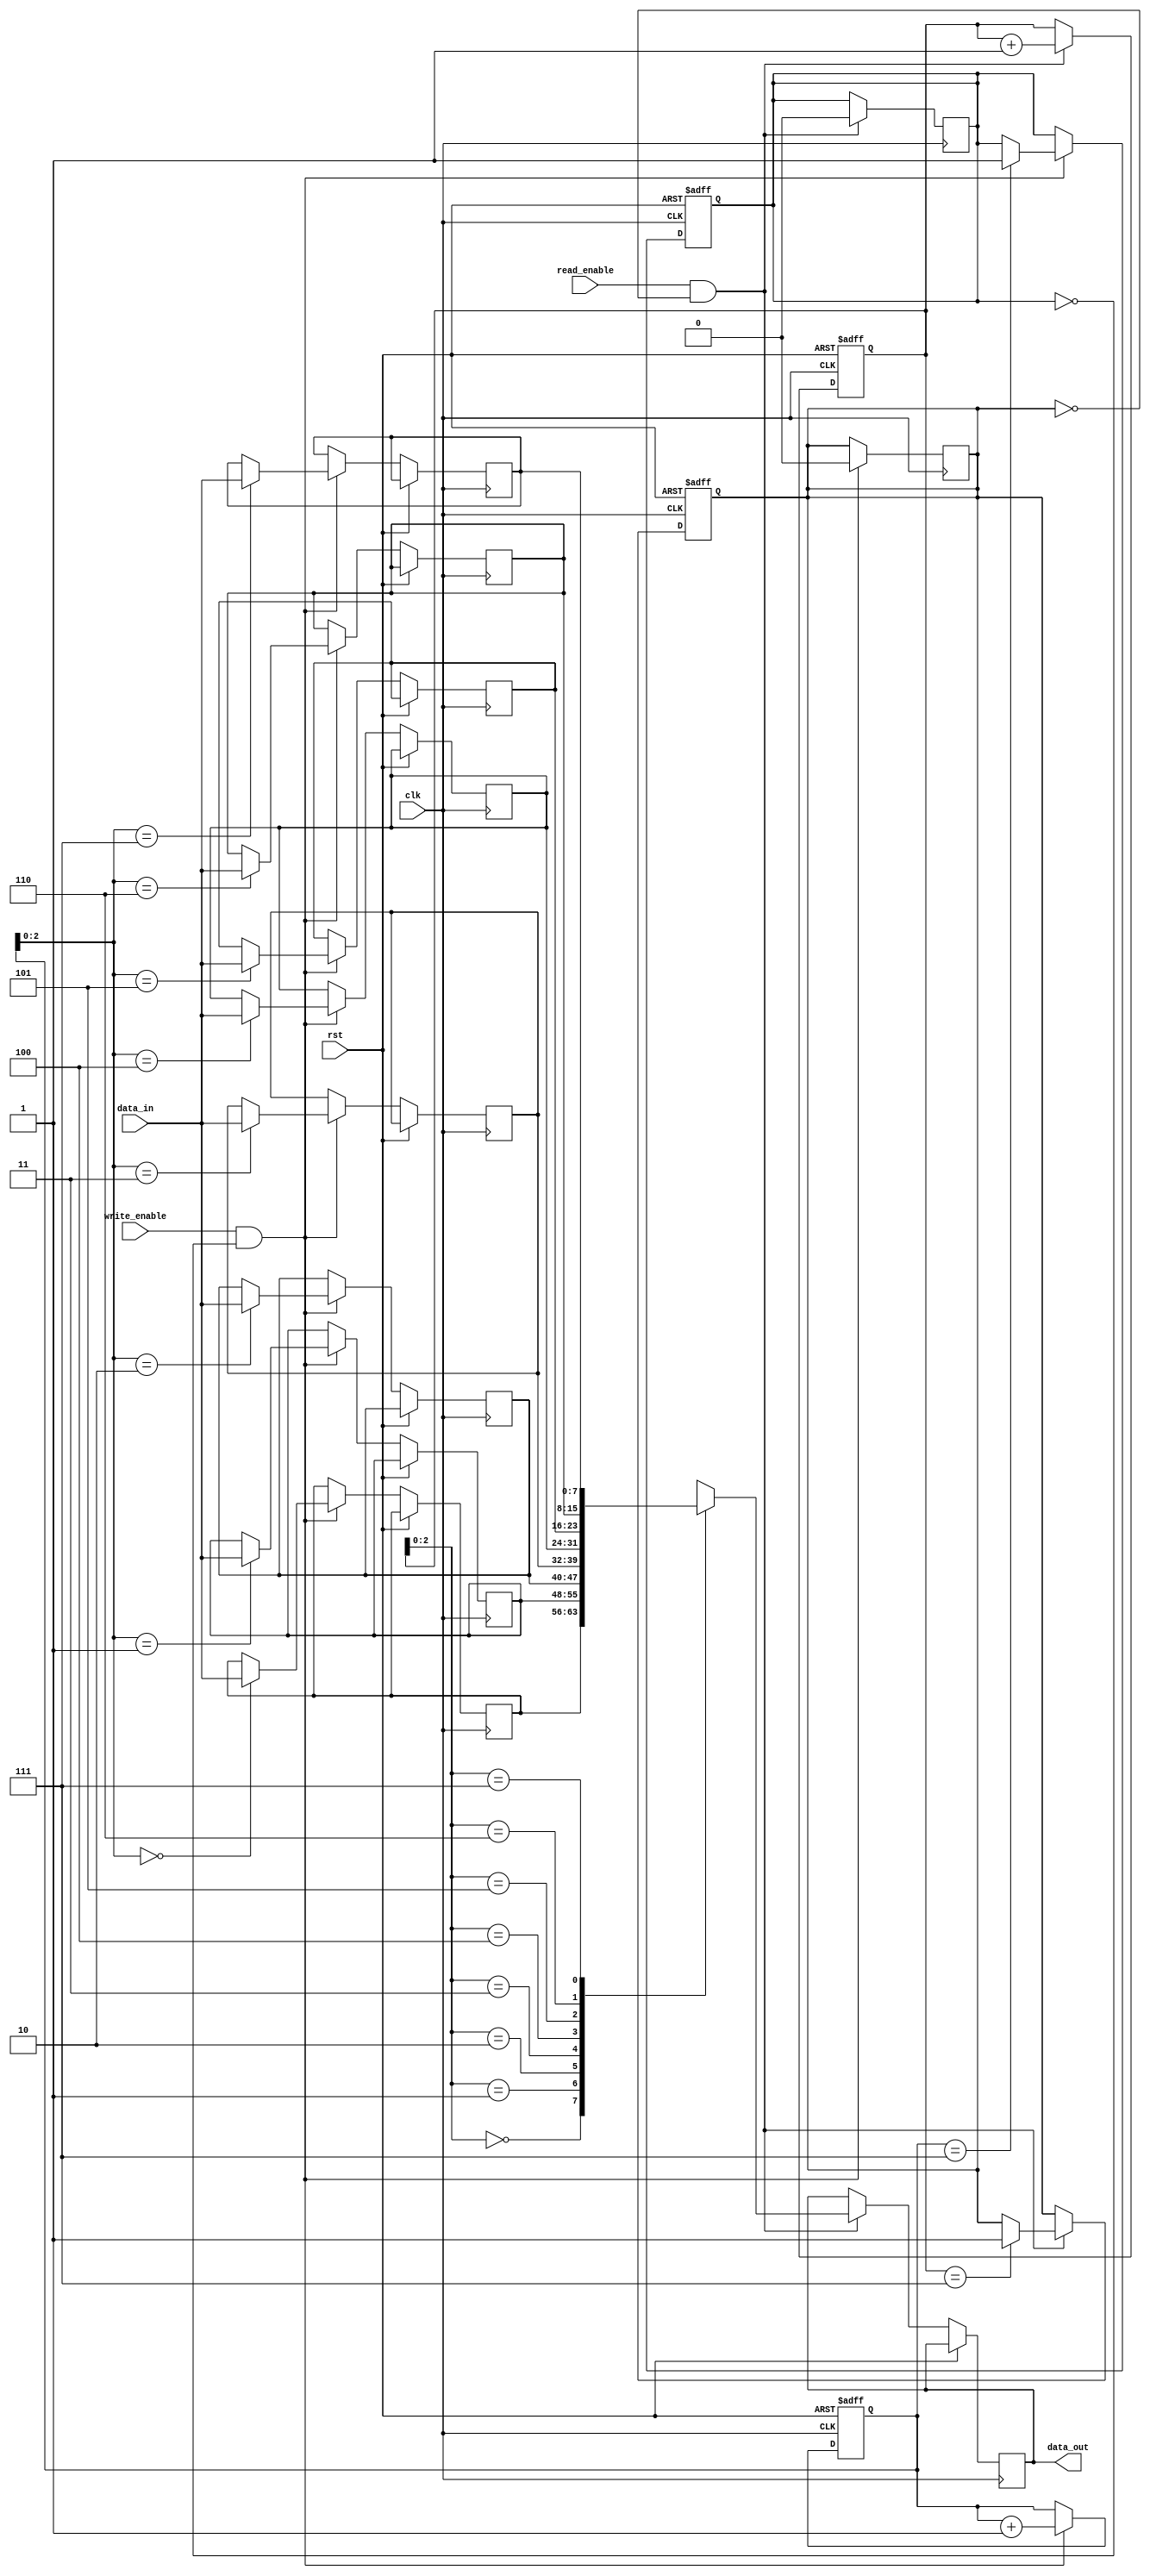
module synchronous_fifo (
    input wire clk,
    input wire rst,
    input wire write_enable,
    input wire read_enable,
    input wire [7:0] data_in,
    output wire [7:0] data_out
);

parameter BUFFER_SIZE = 8;

reg [7:0] memory [0:BUFFER_SIZE-1];
reg [3:0] write_ptr = 0;
reg [3:0] read_ptr = 0;
reg full = 0;
reg empty = 1;

// Write operation
always @(posedge clk or posedge rst) begin
    if (rst) begin
        write_ptr <= 0;
        full <= 0;
    end else if (write_enable && !full) begin
        memory[write_ptr] <= data_in;
        write_ptr <= write_ptr + 1;
        if (write_ptr == BUFFER_SIZE-1) begin
            full <= 1;
        end
    end
end

// Read operation
always @(posedge clk or posedge rst) begin
    if (rst) begin
        read_ptr <= 0;
        empty <= 1;
    end else if (read_enable && !empty) begin
        data_out <= memory[read_ptr];
        read_ptr <= read_ptr + 1;
        if (read_ptr == BUFFER_SIZE-1) begin
            empty <= 1;
        end
    end
end

// Buffer management
always @(posedge clk) begin
    if (write_enable && !full) begin
        empty <= 0;
    end
    if (read_enable && !empty) begin
        full <= 0;
    end
end

endmodule